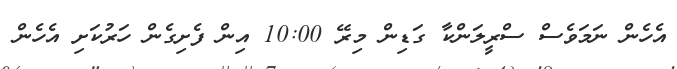
އެހެން ނަމަވެސް ސްރީލަންކާ ގަޑިން މިރޭ 10:00 އިން ފެށިގެން ހަރުކަށި އެހެން